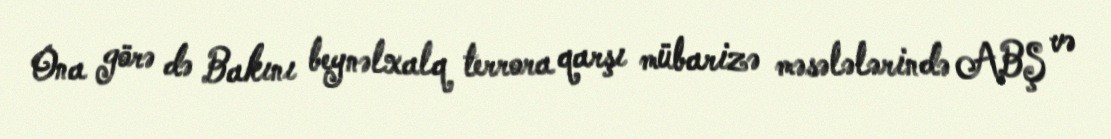
Ona görə də Bakını beynəlxalq terrora qarşı mübarizə məsələlərində ABŞ və